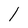
Character: l